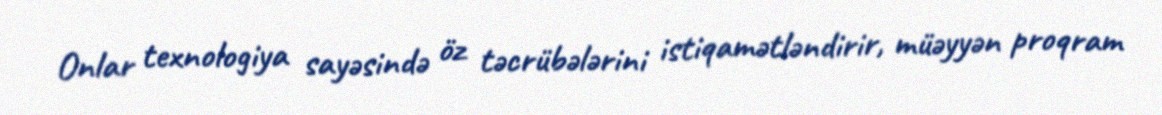
Onlar texnologiya sayəsində öz təcrübələrini istiqamətləndirir, müəyyən proqram